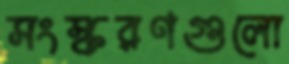
সংস্করণগুলো